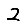
Digit: 2